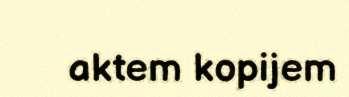
aktem kopijem